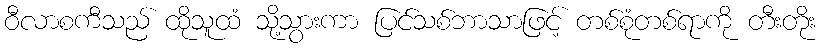
ဝီလာစကီသည် ထိုသူထံ သို့သွားကာ ပြင်သစ်ဘာသာဖြင့် တစ်စုံတစ်ရာကို တီးတိုး